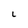
Character: L